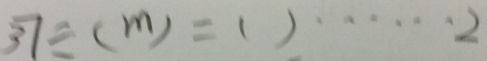
3 7 \div ( m ) = ( ) \cdots 2